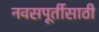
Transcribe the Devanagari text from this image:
नवसपूर्तीसाठी